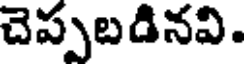
చెప్పబడినవి.